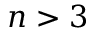
n > 3